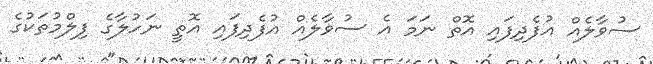
ސުވާލެއް އުފެދިފައި އޮތް ނަމަ އެ ސުވާލެއް އުފެދިފައި އޮތީ ނަހުލާގެ ފިލްމުތަކުގެ